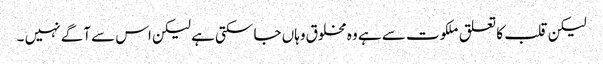
لیکن قلب کا تعلق ملکوت سے ہے وہ مخلوق وہاں جا سکتی ہے لیکن اس سے آگے نہیں ۔